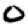
Digit: 0